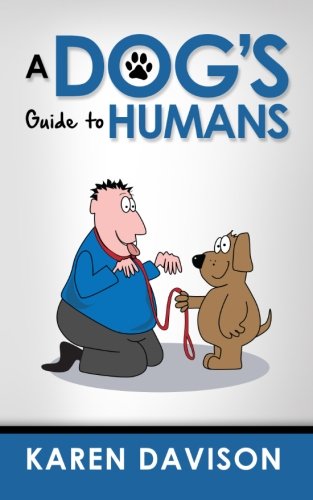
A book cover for A Dog's Guide to Humans (Fun Reads for Dog Lovers) (Volume 1); Karen Davison; Humor & Entertainment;